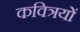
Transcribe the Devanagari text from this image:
कवित्रयों